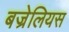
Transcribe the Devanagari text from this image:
बज्रेलियस